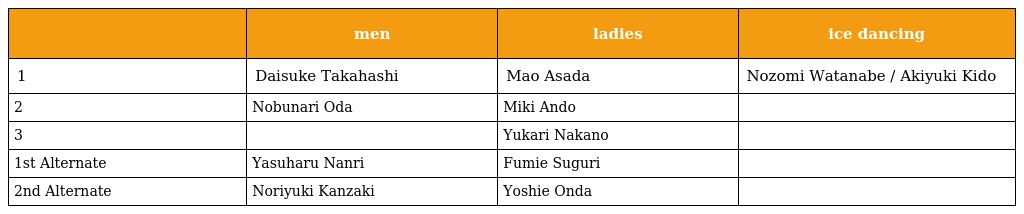
|  | men | ladies | ice dancing |
 | --- | --- | --- | --- |
 | 1 | Daisuke Takahashi | Mao Asada | Nozomi Watanabe / Akiyuki Kido |
 | 2 | Nobunari Oda | Miki Ando |  |
 | 3 |  | Yukari Nakano |  |
 | 1st Alternate | Yasuharu Nanri | Fumie Suguri |  |
 | 2nd Alternate | Noriyuki Kanzaki | Yoshie Onda |  |